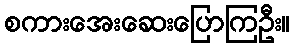
စကားအေးဆေးပြောကြဦး။